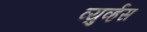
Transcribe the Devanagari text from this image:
व्युर्व्हस